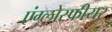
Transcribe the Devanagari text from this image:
एंग्लोस्फीयर